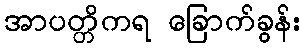
အာပတ္တိကရ ခြောက်ခွန်း